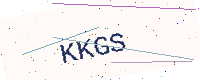
Text: KKGS